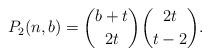
LaTeX: \begin{align*} P_2(n,b) =\binom{b+t}{2t} \binom{2t}{t-2}.\end{align*}